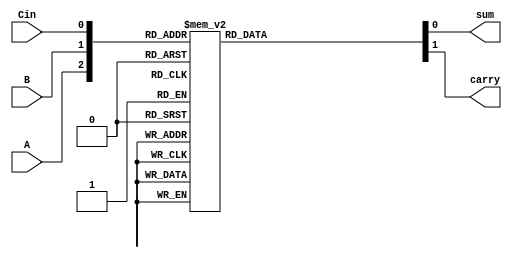
module fulladder(input A,B,Cin,output reg sum,carry);
always@(*)
	begin
	
		case({A,B,Cin})
			3'b000:begin
				sum=0;carry=0;
				end
			3'b001:begin
				sum=1;carry=0;
			       end
			3'b010:begin
				sum=1;carry=0;
			       end
			3'b011:begin
				sum=0;carry=1;
			       end
			3'b100:begin
				sum=1;carry=0;
			       end
			3'b101:begin
				sum=0;carry=1;
			       end
			3'b110:begin
				sum=0;carry=1;
			       end
			3'b111:begin
				sum=1;carry=1;
			       end
		endcase

	end
	endmodule